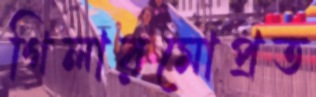
গিলারমোপ্রত